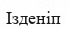
Ізденіп